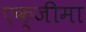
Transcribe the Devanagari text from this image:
एक्जीमा